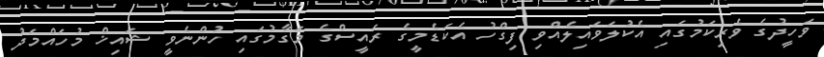
ވަހީދުގެ ވެރިކަމުގައި އެކުލަވައިލެއްވި ފިގްހު އެކަޑެމީގެ ރައީސްގެ މަގާމުގައި ހުންނެވީ ޝައިޚް މުހައްމަދު